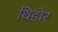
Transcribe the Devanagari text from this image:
थिडोर